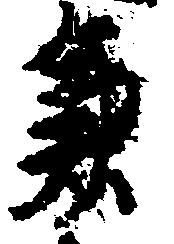
兼